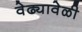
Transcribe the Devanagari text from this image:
वेढ्यावेळी